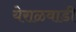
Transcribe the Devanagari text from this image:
येराळवाडी